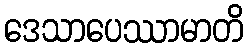
ဒေသာပေဿာမာတိ